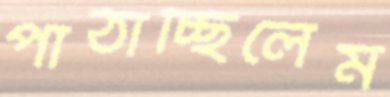
পাঠাচ্ছিলেম